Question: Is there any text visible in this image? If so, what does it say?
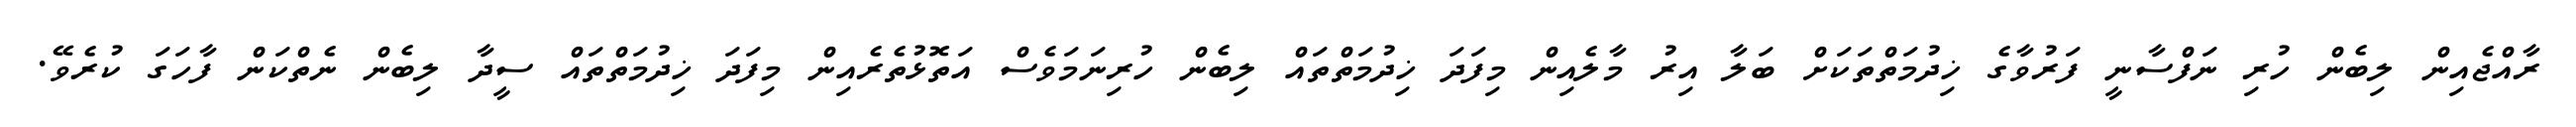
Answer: ރާއްޖެއިން ލިބެން ހުރި ނަފްސާނީ ފަރުވާގެ ޚިދުމަތްތަކަށް ބަލާ އިރު މާލެއިން މިފަދަ ޚިދުމަތްތައް ލިބެން ހުރިނަމަވެސް އަތޮޅުތެރެއިން މިފަދަ ޚިދުމަތްތައް ސީދާ ލިބެން ނެތްކަން ފާހަގަ ކުރެވޭ.